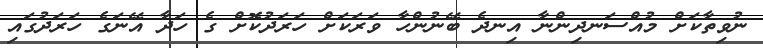
ނުވިތާކަށް މުއްސަނދިންނާ އިނދެ ބޭނުންހާ ވަރަކަށް ހަރަދުކޮށް ގެ ހަދާ އޭނަގެ ހަރަދުގައި